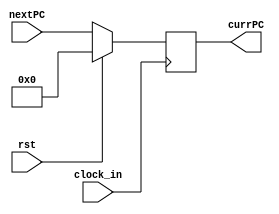
`timescale 1ns / 1ps
//////////////////////////////////////////////////////////////////////////////////
// Company: 
// Engineer: 
// 
// Design Name: 
// Module Name:    Pc 
// Project Name: 
// Target Devices: 
// Tool versions: 
// Description: 
//
// Dependencies: 
//
// Revision: 
// Revision 0.01 - File Created
// Additional Comments: 
//
//////////////////////////////////////////////////////////////////////////////////
module Pc(
    input clock_in,
    input [31:0] nextPC,
    output[31:0] currPC,
	 input rst
    );	 
	 reg [31:0] PCFile;
	 initial PCFile <= 0;

	 always @(posedge clock_in)	 begin
		if(rst) PCFile <= 0;
		else PCFile <= nextPC;
	 end
	 
	 assign currPC = PCFile;

endmodule